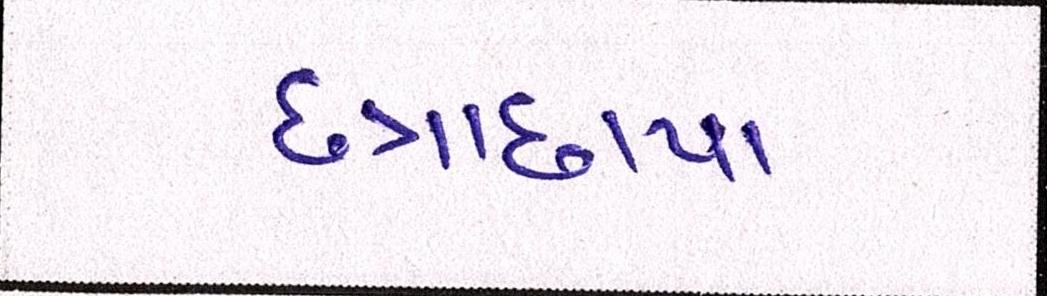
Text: છત્રાછાયા